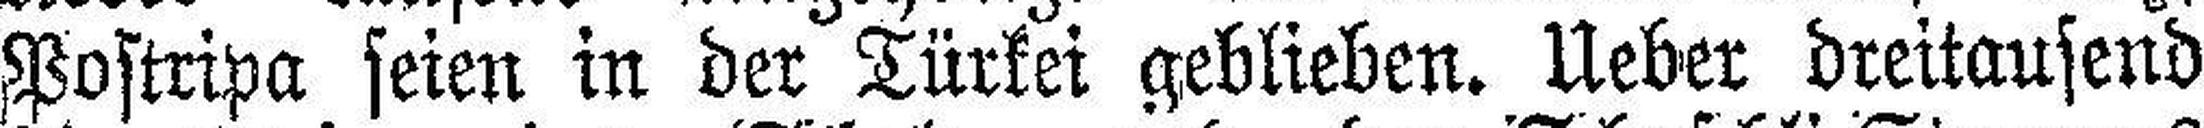
Postripa seien in der Türkei geblieben. Ueber dreitausend